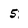
Character: 5